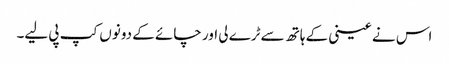
اس نے عینی کے ہاتھ سے ٹرے لی اور چائے کے دونوں کپ پی لیے۔